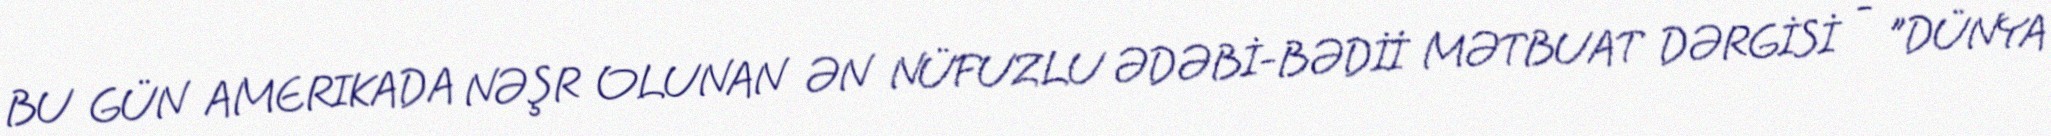
BU GÜN AMERIKADA NƏŞR OLUNAN ƏN NÜFUZLU ƏDƏBİ-BƏDİİ MƏTBUAT DƏRGİSİ - "DÜNYA